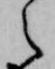
之